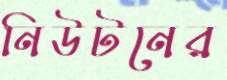
নিউটনের